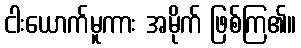
ငါးယောက်မူကား အမိုက် ဖြစ်ကြ၏။